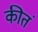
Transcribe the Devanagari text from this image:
कीतं